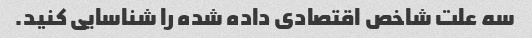
سه علت شاخص اقتصادی داده شده را شناسایی کنید.